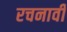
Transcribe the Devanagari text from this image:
रचनावी